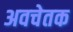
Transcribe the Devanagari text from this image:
अवचेतक